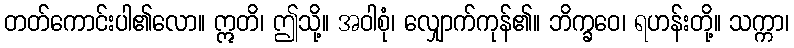
တတ်ကောင်းပါ၏လော။ ဣတိ၊ ဤသို့။ အဝါစုံ၊ လျှောက်ကုန်၏။ ဘိက္ခဝေ၊ ရဟန်းတို့။ သက္ကာ၊